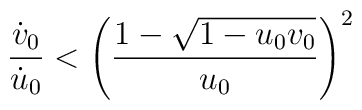
\frac{\dot v_0}{\dot u_0}<\left( \frac{1-\sqrt{1-u_0v_0}}{u_0}\right) ^2